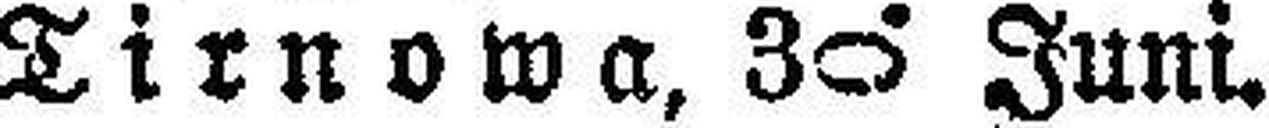
Tirnowa, 30. Juni.